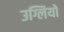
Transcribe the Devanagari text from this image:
उग्लियो